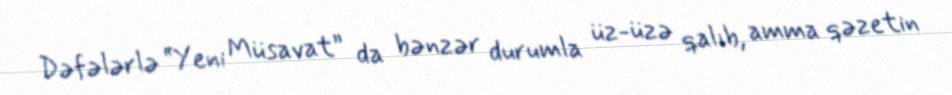
Dəfələrlə “Yeni Müsavat” da bənzər durumla üz-üzə qalıb, amma qəzetin